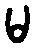
မ